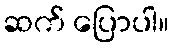
ဆက် ပြောပါ။